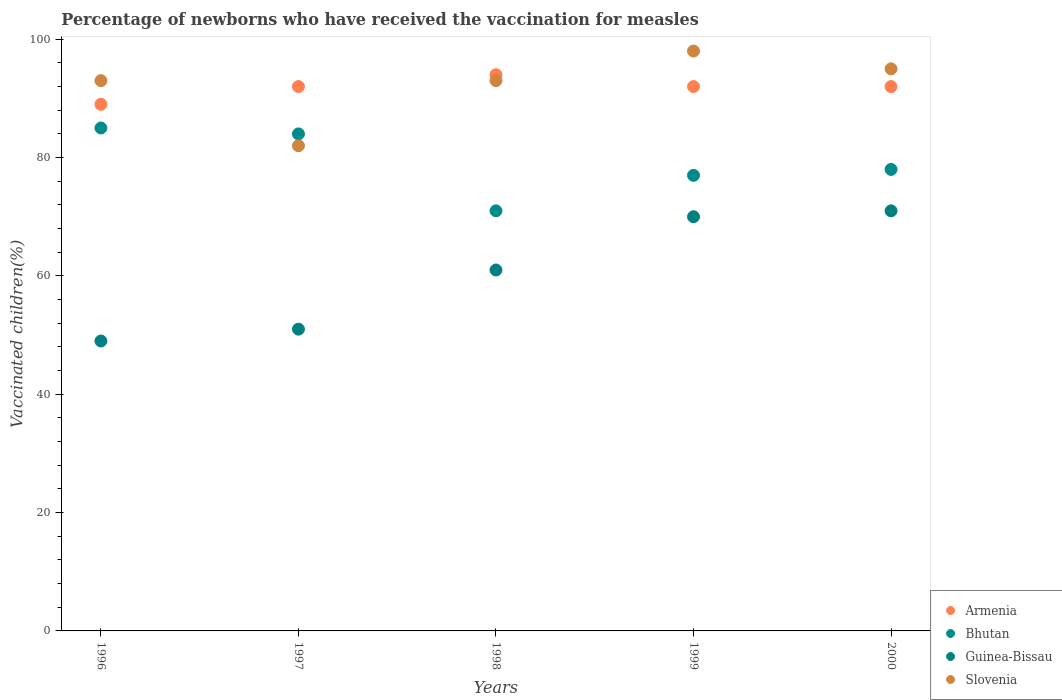
| Years | Armenia | Bhutan | Guinea-Bissau | Slovenia |
 | --- | --- | --- | --- | --- |
 | 1996 | 89 | 85 | 49 | 93 |
 | 1997 | 92 | 84 | 51 | 82 |
 | 1998 | 94 | 71 | 61 | 93 |
 | 1999 | 92 | 77 | 70 | 98 |
 | 2000 | 92 | 78 | 71 | 95 |